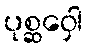
ပုစ္ဆဝှေါ